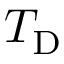
T _ { \mathrm { { D } } }